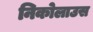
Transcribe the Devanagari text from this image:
निकोलाउस